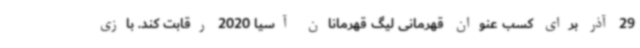
29 آذر برای کسب عنوان قهرمانی لیگ قهرمانان آسیا 2020 رقابت کند. بازی